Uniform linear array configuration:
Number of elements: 4
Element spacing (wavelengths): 0.25
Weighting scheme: hann
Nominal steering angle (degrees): -15
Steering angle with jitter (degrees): -14.861
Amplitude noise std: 0.05
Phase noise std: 0.05

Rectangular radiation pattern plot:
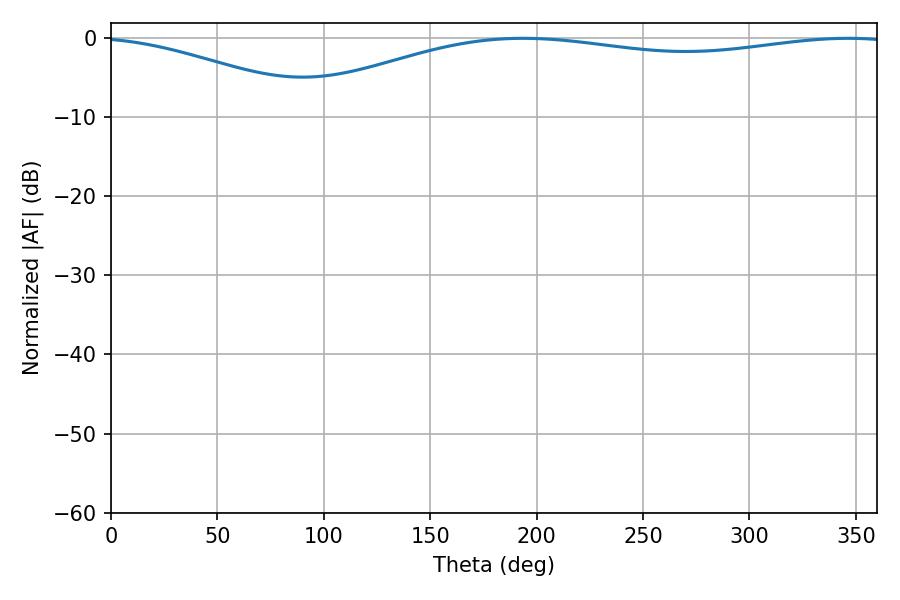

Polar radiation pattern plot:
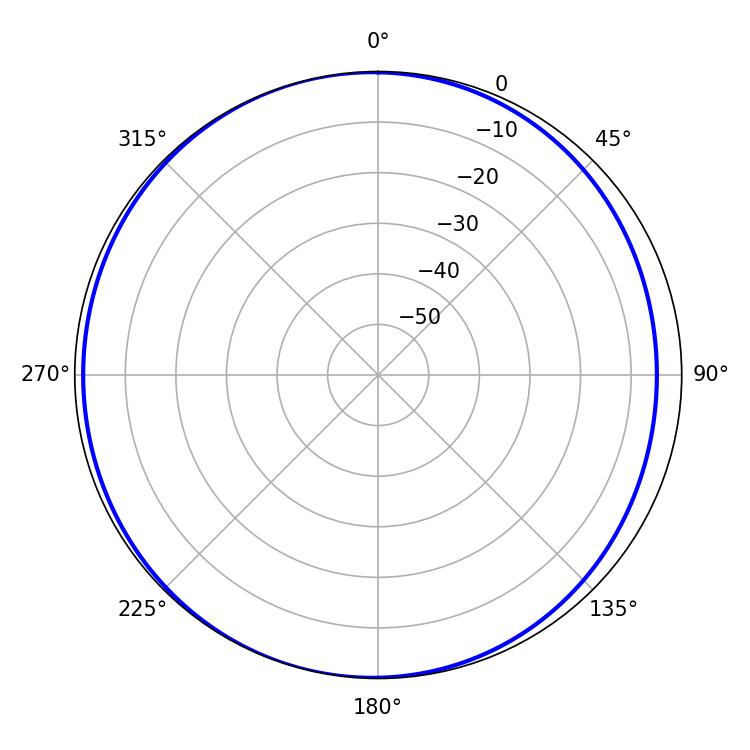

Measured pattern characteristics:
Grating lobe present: FALSE
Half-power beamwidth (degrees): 230.04
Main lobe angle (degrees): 193.5